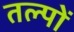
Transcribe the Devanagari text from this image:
तल्पों